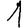
Digit: 1